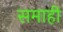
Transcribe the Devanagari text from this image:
समाही